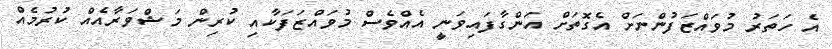
އެ ހަތަރު މުވައްޒަފުންނަށް އެގޮތަށް އަންގާފައިވަނީ އެއްވެސް މުވައްޒަފަކާއި ކުރިން މަޝްވަރާއެއް ކުރުމެއް